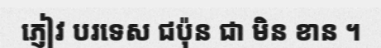
ភ្ញៀវ បរទេស ជប៉ុន ជា មិន ខាន ។